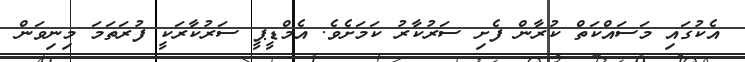
އެކުގައި މަސައްކަތް ކުރާން ފެށި ސަރުކާރު ކަމަށެވެ. އެމްޑީޕީ ސަރުކާރަކީ ފުރަތަމަ މިނިވަން